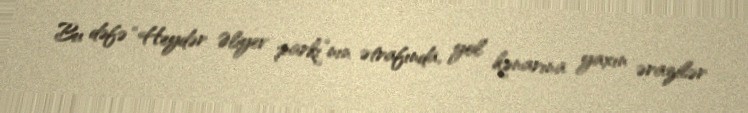
Bu dəfə “Heydər Əliyev parkı”nın ətrafında, yol kənarına yaxın ərazilər